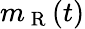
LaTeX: m_{\mathrm{~R~}}(t)